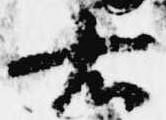
右